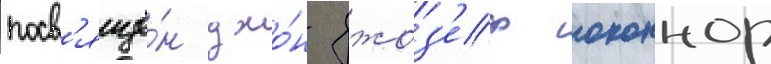
посв'ящё́н джо́н джоз'еф оконнор